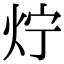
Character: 𤆼